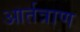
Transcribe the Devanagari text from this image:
आर्तत्राण